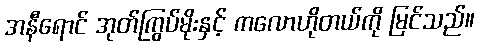
အနီရောင် အုတ်ကြွပ်မိုးနှင့် ကလောဟိုတယ်ကို မြင်သည်။